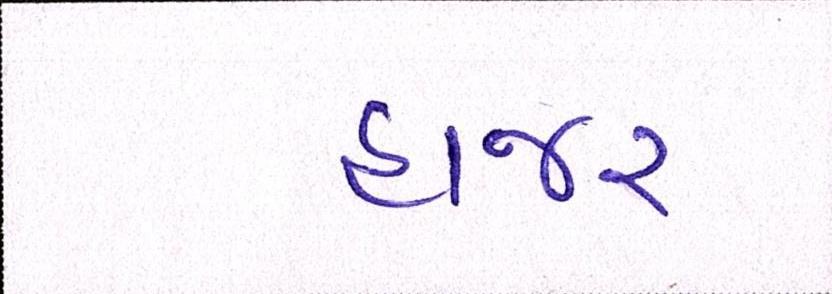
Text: હાજર